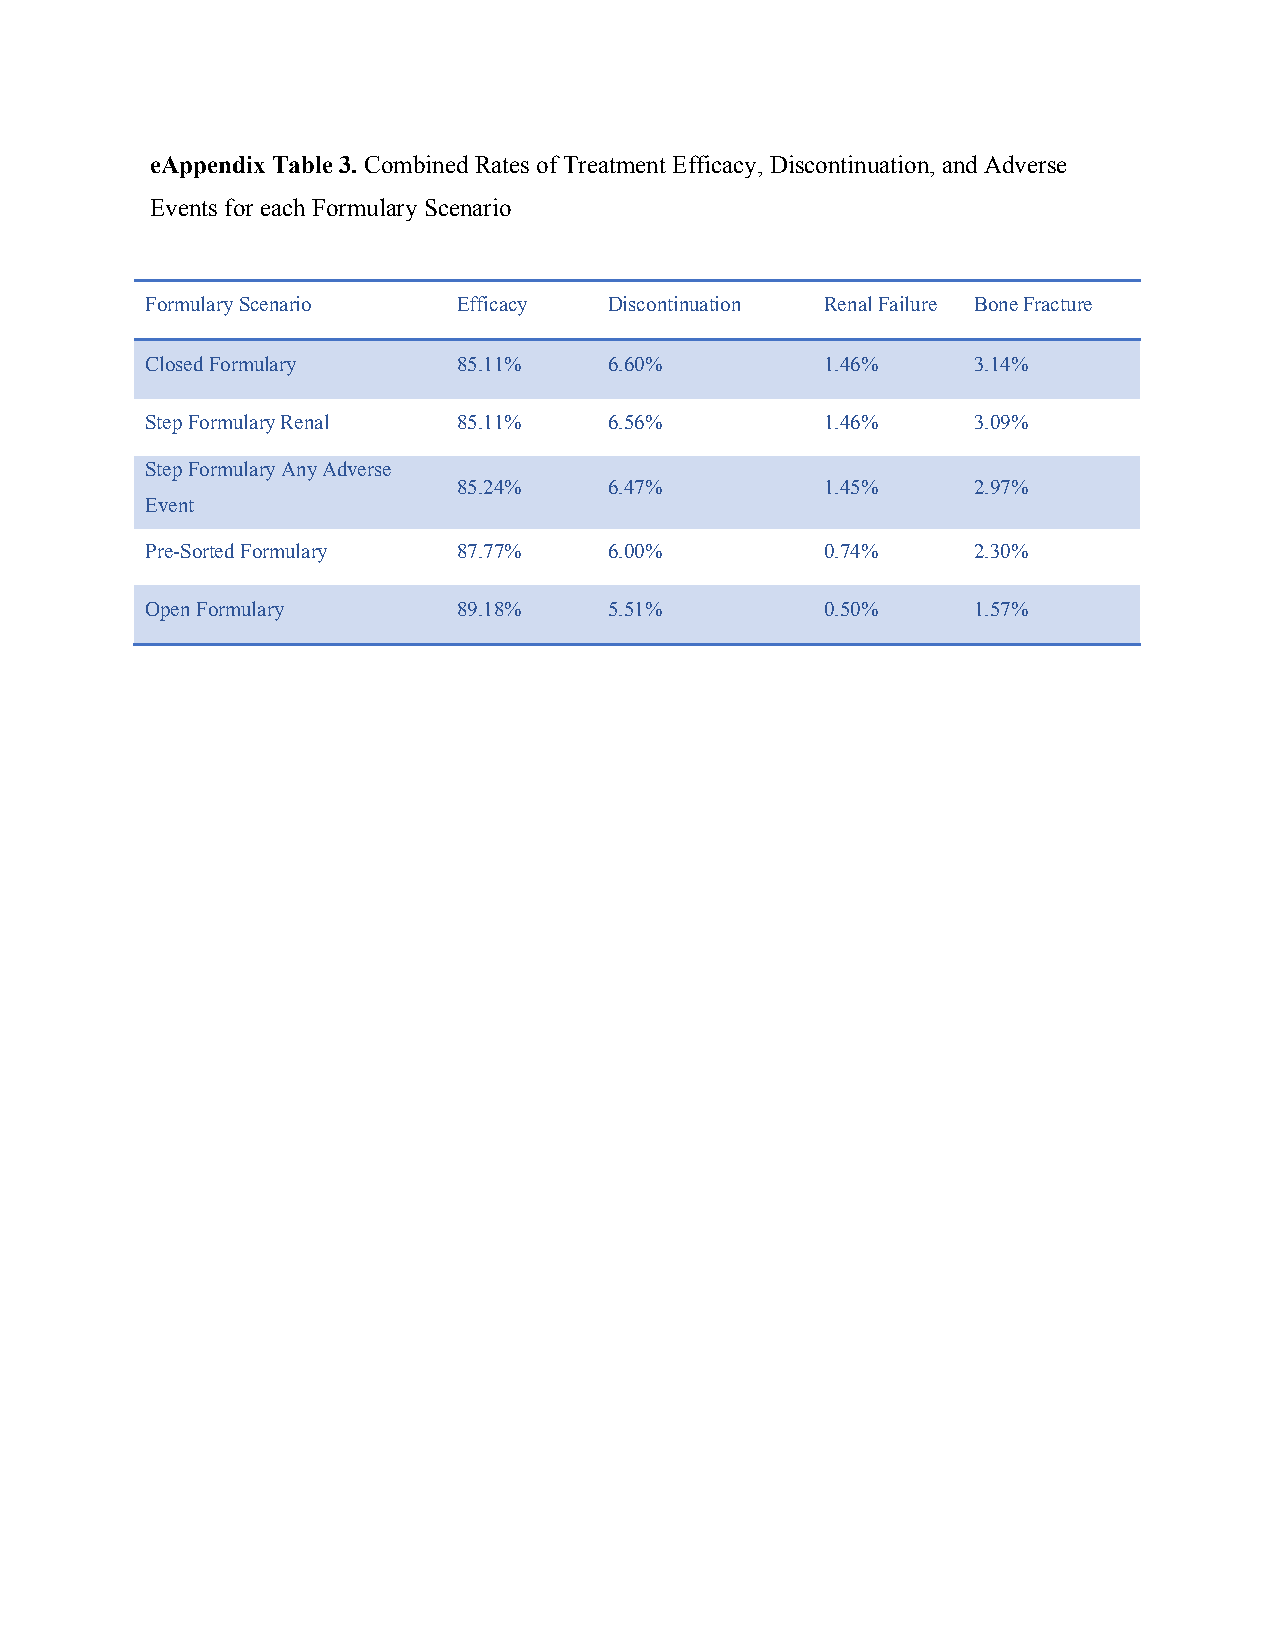
eAppendix Table 3. Combined Rates of Treatment Efficacy, Discontinuation, and Adverse
 Events for each Formulary Scenario
 Formulary Scenario  Efficacy  Discontinuation Renal Failure Bone Fracture
 Closed Formulary    85.11%    6.60%          1.46%    3.14%
 Step Formulary Renal 85.11%   6.56%          1.46%    3.09%
 Step Formulary Any Adverse
 85.24%    6.47%          1.45%    2.97%
 Event
 Pre-Sorted Formulary 87.77%   6.00%          0.74%    2.30%
 Open Formulary      89.18%    5.51%          0.50%    1.57%